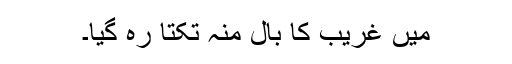
میں غریب کا بال منہ تکتا رہ گیا۔